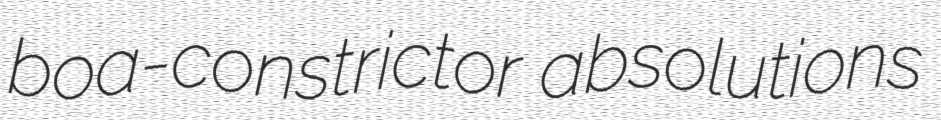
boa-constrictor absolutions